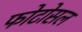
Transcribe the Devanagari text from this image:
फोटोसल